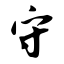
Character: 守